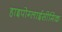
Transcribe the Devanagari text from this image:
हाइपोग्लाईसीमिक